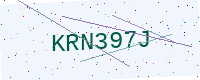
Text: KRN397J